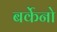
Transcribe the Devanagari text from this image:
बर्केनो